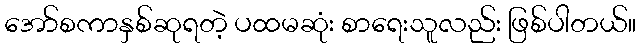
အော်စကာနှစ်ဆုရတဲ့ ပထမဆုံး စာရေးသူလည်း ဖြစ်ပါတယ်။